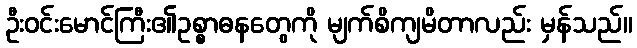
ဦးဝင်းမောင်ကြီး၏ဥစ္စာဓနတွေကို မျက်စိကျမိတာလည်း မှန်သည်။